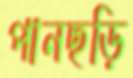
পানছড়ি